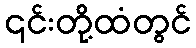
၎င်းတို့ထံတွင်